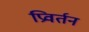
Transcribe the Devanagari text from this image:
प्रिवर्तन